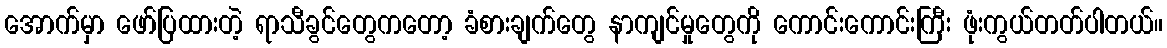
အောက်မှာ ဖော်ပြထားတဲ့ ရာသီခွင်တွေကတော့ ခံစားချက်တွေ နာကျင်မှုတွေကို ကောင်းကောင်းကြီး ဖုံးကွယ်တတ်ပါတယ်။